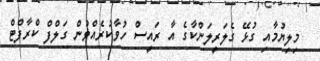
މިލިޔުމާއި ގުޅޭ ގެލަރީލަންކާގެ އާ ރައީސް ހުވާކުރެއްވުން ގަލްފް ކްރާފްޓް